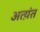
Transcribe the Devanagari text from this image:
अत्य़ंत